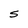
Character: S